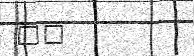
٩٠